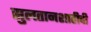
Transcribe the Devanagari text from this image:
सुलतानशाहीची